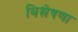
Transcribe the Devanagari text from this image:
बिश्लेषणा